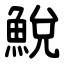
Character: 鮵